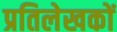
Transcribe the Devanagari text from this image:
प्रतिलेखकों